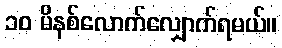
၁၀ မိနစ်လောက်လျှောက်ရမယ်။